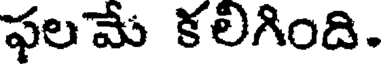
ఫలమే కలిగింది.